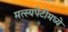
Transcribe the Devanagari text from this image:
मत्स्यपेटीमध्ये